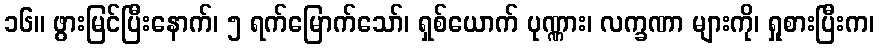
၁၆။ ဖွားမြင်ပြီးနောက်၊ ၅ ရက်မြောက်သော်၊ ရှစ်ယောက် ပုဏ္ဏား၊ လက္ခဏာ များကို၊ ရှုစားပြီးက၊